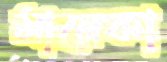
মানেকা